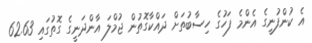
އެ ކުންފުނީގެ އެންމެ ފަހުގެ ހިސާބުތަށް ދައްކާގޮތުން ޖުމްލަ އާންދަނީގެ ގޮތުގައި 62.63